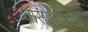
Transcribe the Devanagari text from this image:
वाराणशीला